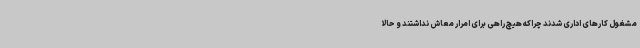
مشغول کارهای اداری شدند چراکه هیچ راهی برای امرار معاش نداشتند و حالا